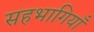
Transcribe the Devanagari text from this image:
सहभागियाँ